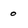
Character: o